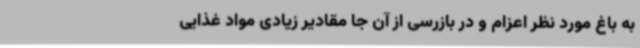
به باغ مورد نظر اعزام و در بازرسی از آن جا مقادیر زیادی مواد غذایی